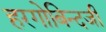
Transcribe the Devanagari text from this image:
हरगोबिन्दजी